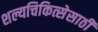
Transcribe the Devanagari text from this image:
शल्यचिकित्सेसाठी